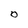
Character: O